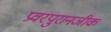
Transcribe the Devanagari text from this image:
प्रवरपुरानजीक